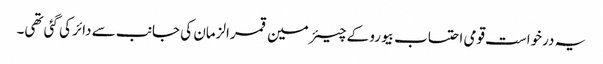
یہ درخواست قومی احتساب بیورو کے چیئرمین قمرالزمان کی جانب سے دائر کی گئی تھی۔